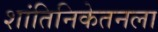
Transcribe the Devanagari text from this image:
शांतिनिकेतनला